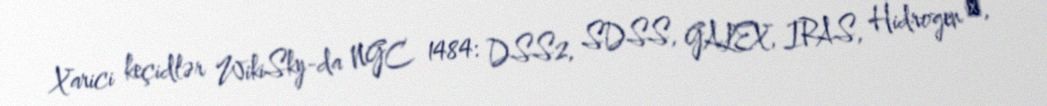
Xarici keçidlər WikiSky-da NGC 1484: DSS2, SDSS, GALEX, IRAS, Hidrogen α,